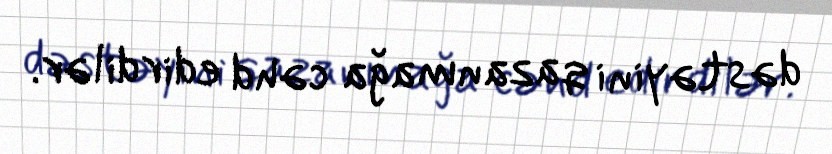
dəstəyini qazanmağa cəhd edirdilər.